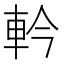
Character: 軡